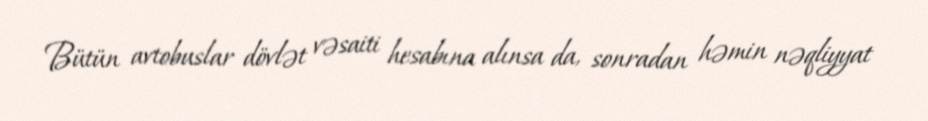
Bütün avtobuslar dövlət vəsaiti hesabına alınsa da, sonradan həmin nəqliyyat